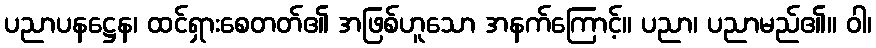
ပညာပနဋ္ဌေန၊ ထင်ရှားစေတတ်၏ အဖြစ်ဟူသော အနက်ကြောင့်။ ပညာ၊ ပညာမည်၏။ ဝါ၊